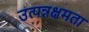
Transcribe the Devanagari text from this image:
उत्पन्नक्षमता